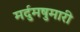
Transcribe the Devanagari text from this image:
मर्दुमषुमारी